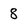
Character: 8